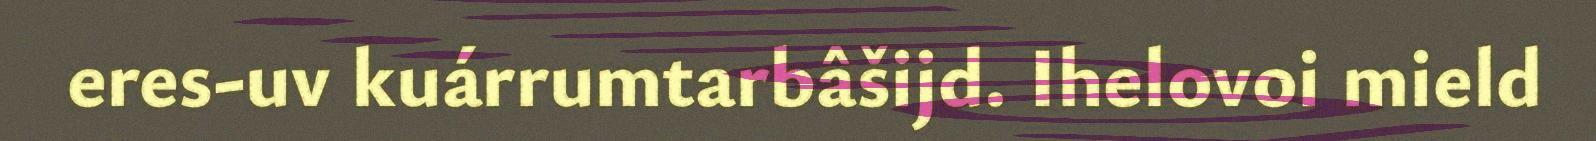
eres-uv kuárrumtarbâšijd. Ihelovoi mield